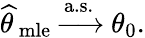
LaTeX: {\widehat{\theta\, }}_{\mathrm{mle}}\ {\xrightarrow{\mathrm{a.s.}}}\ \theta_{0}.